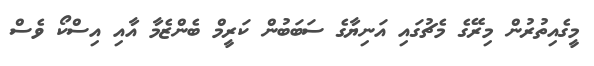
މީގެއިތުރުން މިރޭގެ މެޗުގައި އަނިޔާގެ ސަބަބުން ކަރީމް ބެންޒެމާ އާއި އިސްކޯ ވެސް